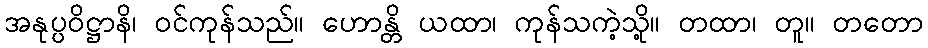
အနုပ္ပဝိဋ္ဌာနိ၊ ဝင်ကုန်သည်။ ဟောန္တိ ယထာ၊ ကုန်သကဲ့သို့။ တထာ၊ တူ။ တတော